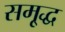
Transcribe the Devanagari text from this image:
समृ्द्ध